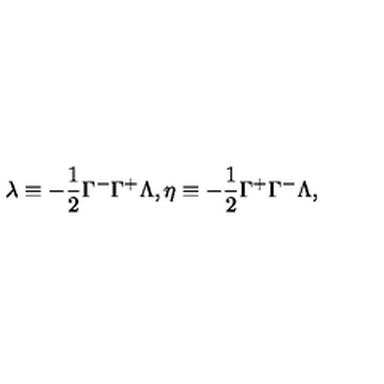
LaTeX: \lambda \equiv - \frac { 1 } { 2 } \Gamma ^ { - } \Gamma ^ { + } \Lambda , \eta \equiv - \frac { 1 } { 2 } \Gamma ^ { + } \Gamma ^ { - } \Lambda ,